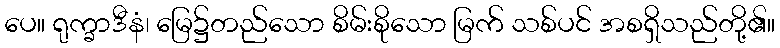
ပေ။ ရုက္ခာဒီနံ၊ မြေ၌တည်သော စိမ်းစိုသော မြက် သစ်ပင် အစရှိသည်တို့၏။